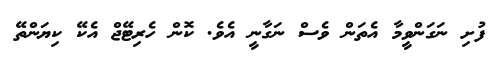
ފުށި ނަގަންވީމާ އެތަން ވެސް ނަގާނީ އެވެ. ކޮން ހެރިޓޭޖް އެކޭ ކިޔަންތޭ